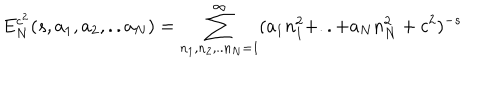
LaTeX: E _ { N } ^ { c ^ { 2 } } ( s , a _ { 1 } , a _ { 2 } , . . a _ { N } ) = \sum _ { n _ { 1 } , n _ { 2 } , . . n _ { N } = 1 } ^ { \infty } ( a _ { 1 } n _ { 1 } ^ { 2 } + . . + a _ { N } n _ { N } ^ { 2 } + c ^ { 2 } ) ^ { - s }